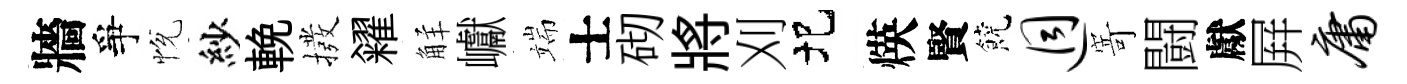
牆爭恱紗輓撥糴觧巘端士砌將刈圯煐賢饒迥𭔃闘獻屛庸